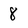
Character: 8